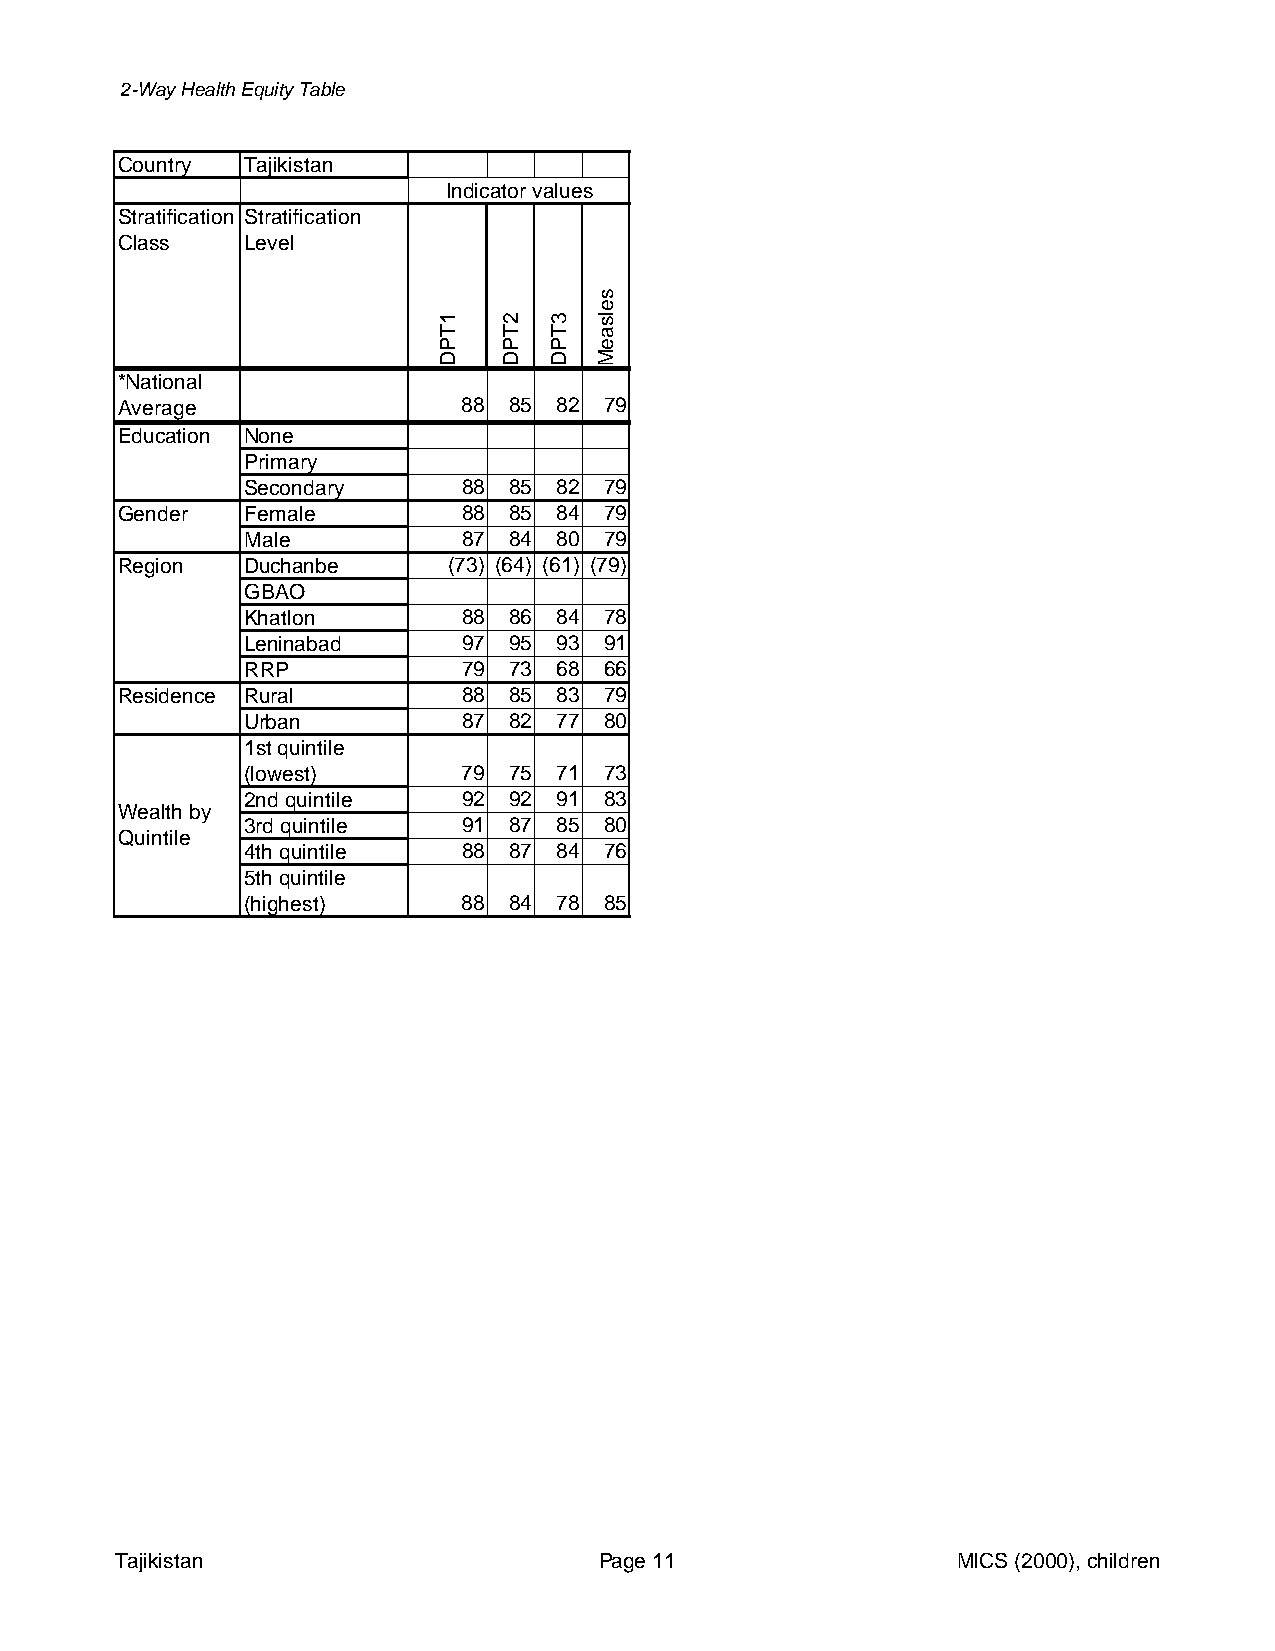
2-Way Health Equity Table
 Country Tajikistan
 Indicator values
 Stratification Stratification
 Class   Level
 *National
 Average                88 85 82 79
 Education None
 Primary
 Secondary      88 85 82 79
 Gender  Female         88 85 84 79
 Male           87 84 80 79
 Region  Duchanbe      (73) (64) (61) (79)
 GBAO
 Khatlon        88 86 84 78
 Leninabad      97 95 93 91
 RRP            79 73 68 66
 Residence Rural        88 85 83 79
 Urban          87 82 77 80
 1st quintile
 (lowest)       79 75 71 73
 2nd quintile   92 92 91 83
 Wealth by
 3rd quintile   91 87 85 80
 Quintile
 4th quintile   88 87 84 76
 5th quintile
 (highest)      88 84 78 85
 Tajikistan                      Page 11                MICS (2000), children
 1TPD 2TPD 3TPD
 selsaeM